Civil Veterinary Dept. Bombay admin report 1893-99 - 1893-1899
Year: 1893
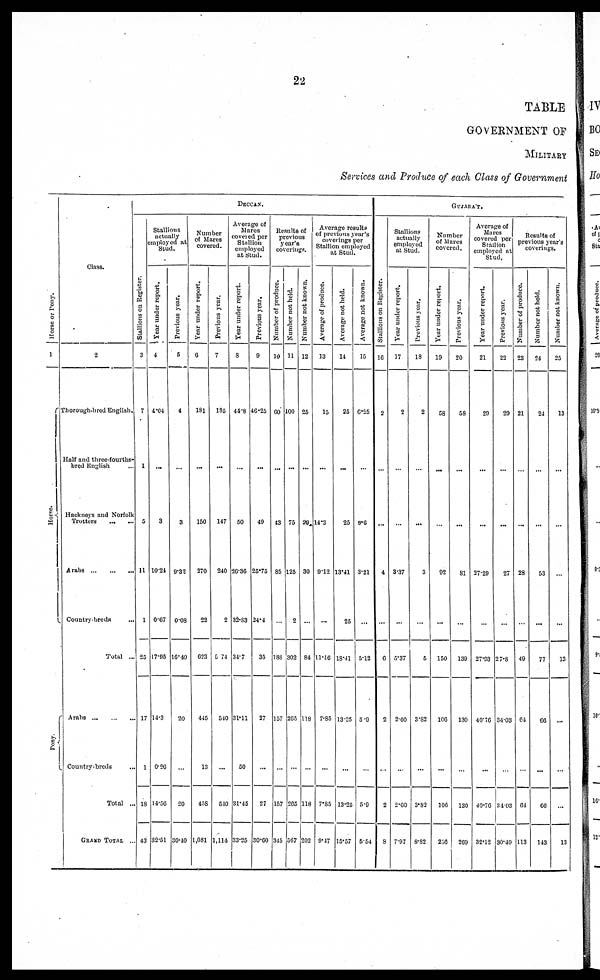
22
TABLE
GOVERNMENT OF
MILITARY
Services and Produce of each Class of Government
Hor s e or Pony.
1
Hor s e.
Pony.
Class.
2
Thorough-bred English.
Half and three-fourths-
bred English ...
Hackneys and Norfolk
Trotters
... ...
Arabs
...
...
...
Country-breds ...
Total ...
Arabs
...
...
...
Country-breds ...
Total ...
GRAND TOTAL ...
DECCAN.
Stallions
actually
employed at
Stud.
Stallions on Register.
3
7
1
5
11
1
25
17
1
18
43
Year
under report.
4
4.04
3
10.24
007
17.05
14.3
0.20
14.50
32.51
Previous year.
5
4
3
0.32
0.08
10.40
20
...
20
36.40
Number
of Mares
covered.
Year under report.
6
181
150
370
22
023
445
13
458
1,081
Previous year.
7
185
147
240
2
5 74
540
...
510
1,114
Average of
Mares
covered per
Stallion
employed
at stud.
Tear under report.
8
44.8
50
20.36
32.83
34.7
31.11
50
31.45
33.25
Previous year.
9
46.25
40
25.75
24.4
35
27
...
27
30.60
Results of
previous
year's
coverings.
Number of produce.
10
60
43
85
...
188
157
...
157
345
Number not held.
11
100
75
125
2
302
205
...
205
567
Number not known.
12
25
29
30
...
84
118
...
118
202
Average results
of previous year's
coverings per
Stallion employed
at Stud.
Average of produce.
13
15
14.3
912
...
11.16
7.85
...
7.85
9.17
Average not held.
14
25
25
13.41
25
18.41
13.25
...
13.25
15.57
Average not known.
15
6.25
9.6
3.21
...
5.12
5.9
...
5.0
5.54
GUJARA'T.
Stallions on Regi st er .
16
2
...
4
...
6
2
...
2
8
Stallions
actually
employed
at Stud,
Year under report.
17
2
...
3.37
...
5.37
2.00
...
2.60
7.97
Previous year.
18
2
...
3
...
5
3.82
...
3.82
8.82
Number
of Mares
covered.
Year under report.
19
58
...
92
...
150
100
...
106
256
Previous year.
20
58
...
81
...
139
130
...
130
209
Average of
Mares
covered per
Stallion
employed at
Stud.
Year under report.
21
29
...
27.29
...
27.93
40.70
...
40.70
32.12
Previous year.
22
29
...
27
...
27.8
3403
...
34.03
30.49
Results of
previous year's
coverings.
Number of produce.
23
21
...
28
...
49
64
...
64
113
Number not hold.
24
24
...
53
...
77
66
...
66
143
Number not known.
25
13
...
...
...
13
...
...
...
13